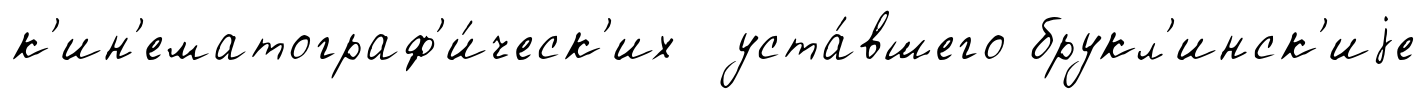
к'ин'ематограф'и́ческ'их уста́вшего брукл'инск'иjе